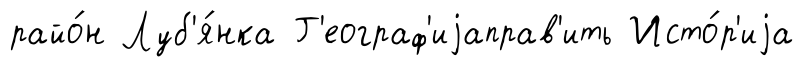
райо́н Луб'я́нка Г'еограф'иjаправ'ить Исто́р'иjа